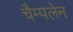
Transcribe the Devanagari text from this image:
चैम्पलेन